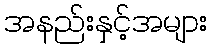
အနည်းနှင့်အများ